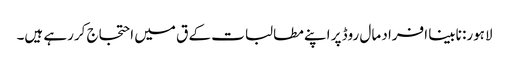
لاہور: نابینا افراد مال روڈ پر اپنے مطالبات کے ق میں احتجاج کررہے ہیں۔